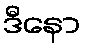
ဒီနော